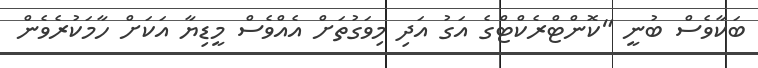
ބަކާވެސް ބުނީ "ކޮންޓްރެކްޓްގެ އަގު އަދި މިވަގުތަށް އެއްވެސް މީޑިޔާ އަކަށް ހާމަކުރެވެން